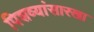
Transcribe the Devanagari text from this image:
पिशव्यांसारखा